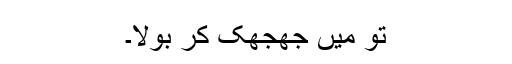
تو میں جھجھک کر بولا۔